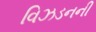
વિઝડનની